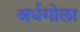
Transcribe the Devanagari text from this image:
अर्धगोला